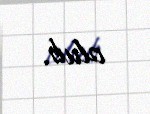
olub.